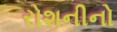
રોશનીનો